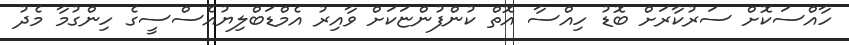
ހާއްސަކޮށް ސަރުކާރަށް ބޮޑު ހިއްސާ އޮތް ކުންފުންޏަކަށް ވާއިރު އެމްޑަބްލިޔުއެސްސީގެ ހިންގުމާ މެދު